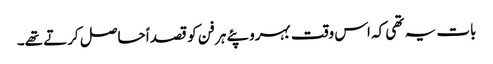
بات یہ تھی کہ اس وقت بہروپئے ہر فن کو قصداً حاصل کرتے تھے۔